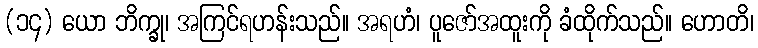
(၁၄) ယော ဘိက္ခု၊ အကြင်ရဟန်းသည်။ အရဟံ၊ ပူဇော်အထူးကို ခံထိုက်သည်။ ဟောတိ၊